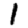
Digit: 1